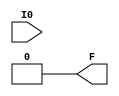
module LUT1(output F, input I0);
	parameter [1:0] INIT = 0;
	assign F = I0 ? INIT[1] : INIT[0];
endmodule